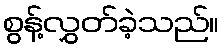
စွန့်လွှတ်ခဲ့သည်။